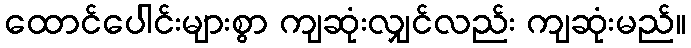
ထောင်ပေါင်းများစွာ ကျဆုံးလျှင်လည်း ကျဆုံးမည်။